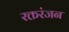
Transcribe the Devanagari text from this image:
रक्तरंजन